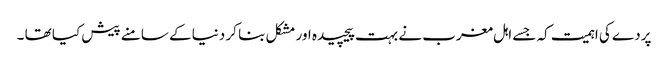
پردے کی اہمیت کہ جسے اہل مغرب نے بہت پیچیدہ اور مشکل بنا کر دنیا کے سامنے پیش کیا تھا ۔